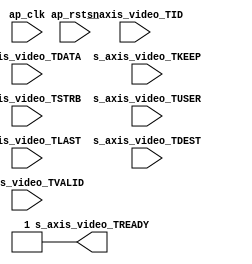
//`define COMPONENTS			3

module AXI4_Stream_Terminator #
(
    parameter NUM_VIDEO_COMPONENTS = 3,
    parameter SAMPLES_PER_CLOCK = 1,
    parameter MAXIMUM_DATA_WIDTH = 8
)
(
    ap_clk,
    ap_rst_n,
    s_axis_video_TDATA,
    s_axis_video_TVALID,
    s_axis_video_TREADY,
    s_axis_video_TKEEP,
    s_axis_video_TSTRB,
    s_axis_video_TUSER,
    s_axis_video_TLAST,
    s_axis_video_TID,
    s_axis_video_TDEST
);

parameter  S_AXIS_BYTES = ((SAMPLES_PER_CLOCK*MAXIMUM_DATA_WIDTH*NUM_VIDEO_COMPONENTS+7)/8);
parameter  S_AXIS_WIDTH = ((SAMPLES_PER_CLOCK*MAXIMUM_DATA_WIDTH*NUM_VIDEO_COMPONENTS+7)/8)*8;

input   ap_clk;
input   ap_rst_n;

input  [S_AXIS_WIDTH -1:0] s_axis_video_TDATA;
input   s_axis_video_TVALID;
output   s_axis_video_TREADY;
input  [S_AXIS_BYTES -1:0] s_axis_video_TKEEP;
input  [S_AXIS_BYTES -1:0] s_axis_video_TSTRB;
input  [0:0] s_axis_video_TUSER;
input  [0:0] s_axis_video_TLAST;
input  [0:0] s_axis_video_TID;
input  [0:0] s_axis_video_TDEST;

assign  s_axis_video_TREADY=1'b1;

endmodule